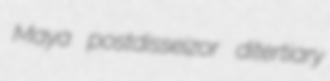
Maya postdisseizor ditertiary